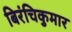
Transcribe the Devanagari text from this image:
बिरंचिकुमार